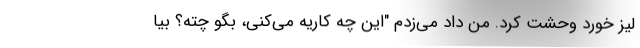
لیز خورد وحشت کرد. من داد می‌زدم "این چه کاریه می‌کنی، بگو چته؟ بیا